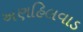
અણહિલવાડ